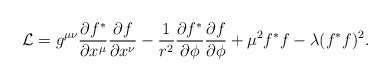
\begin{align*}{\cal L} =g^{\mu \nu} \frac{\partial f^*}{\partial x^\mu}\frac{\partial f}{\partial x^\nu}-\frac{1}{r^2}\frac{\partial f^*}{\partial \phi}\frac{\partial f}{\partial \phi}+\mu^2 f^* f-\lambda (f^* f)^2.\end{align*}